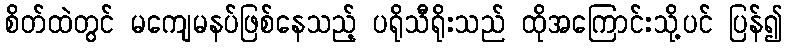
စိတ်ထဲတွင် မကျေမနပ်ဖြစ်နေသည့် ပရိုသီရိုးသည် ထိုအကြောင်းသို့ပင် ပြန်၍